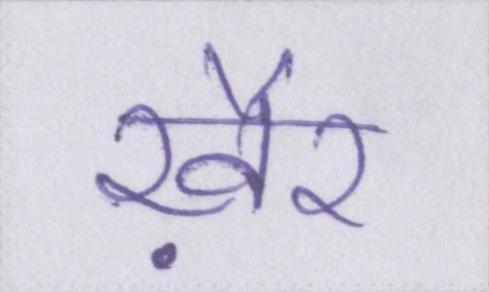
ख़ैर